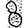
Digit: 8